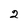
Character: 2